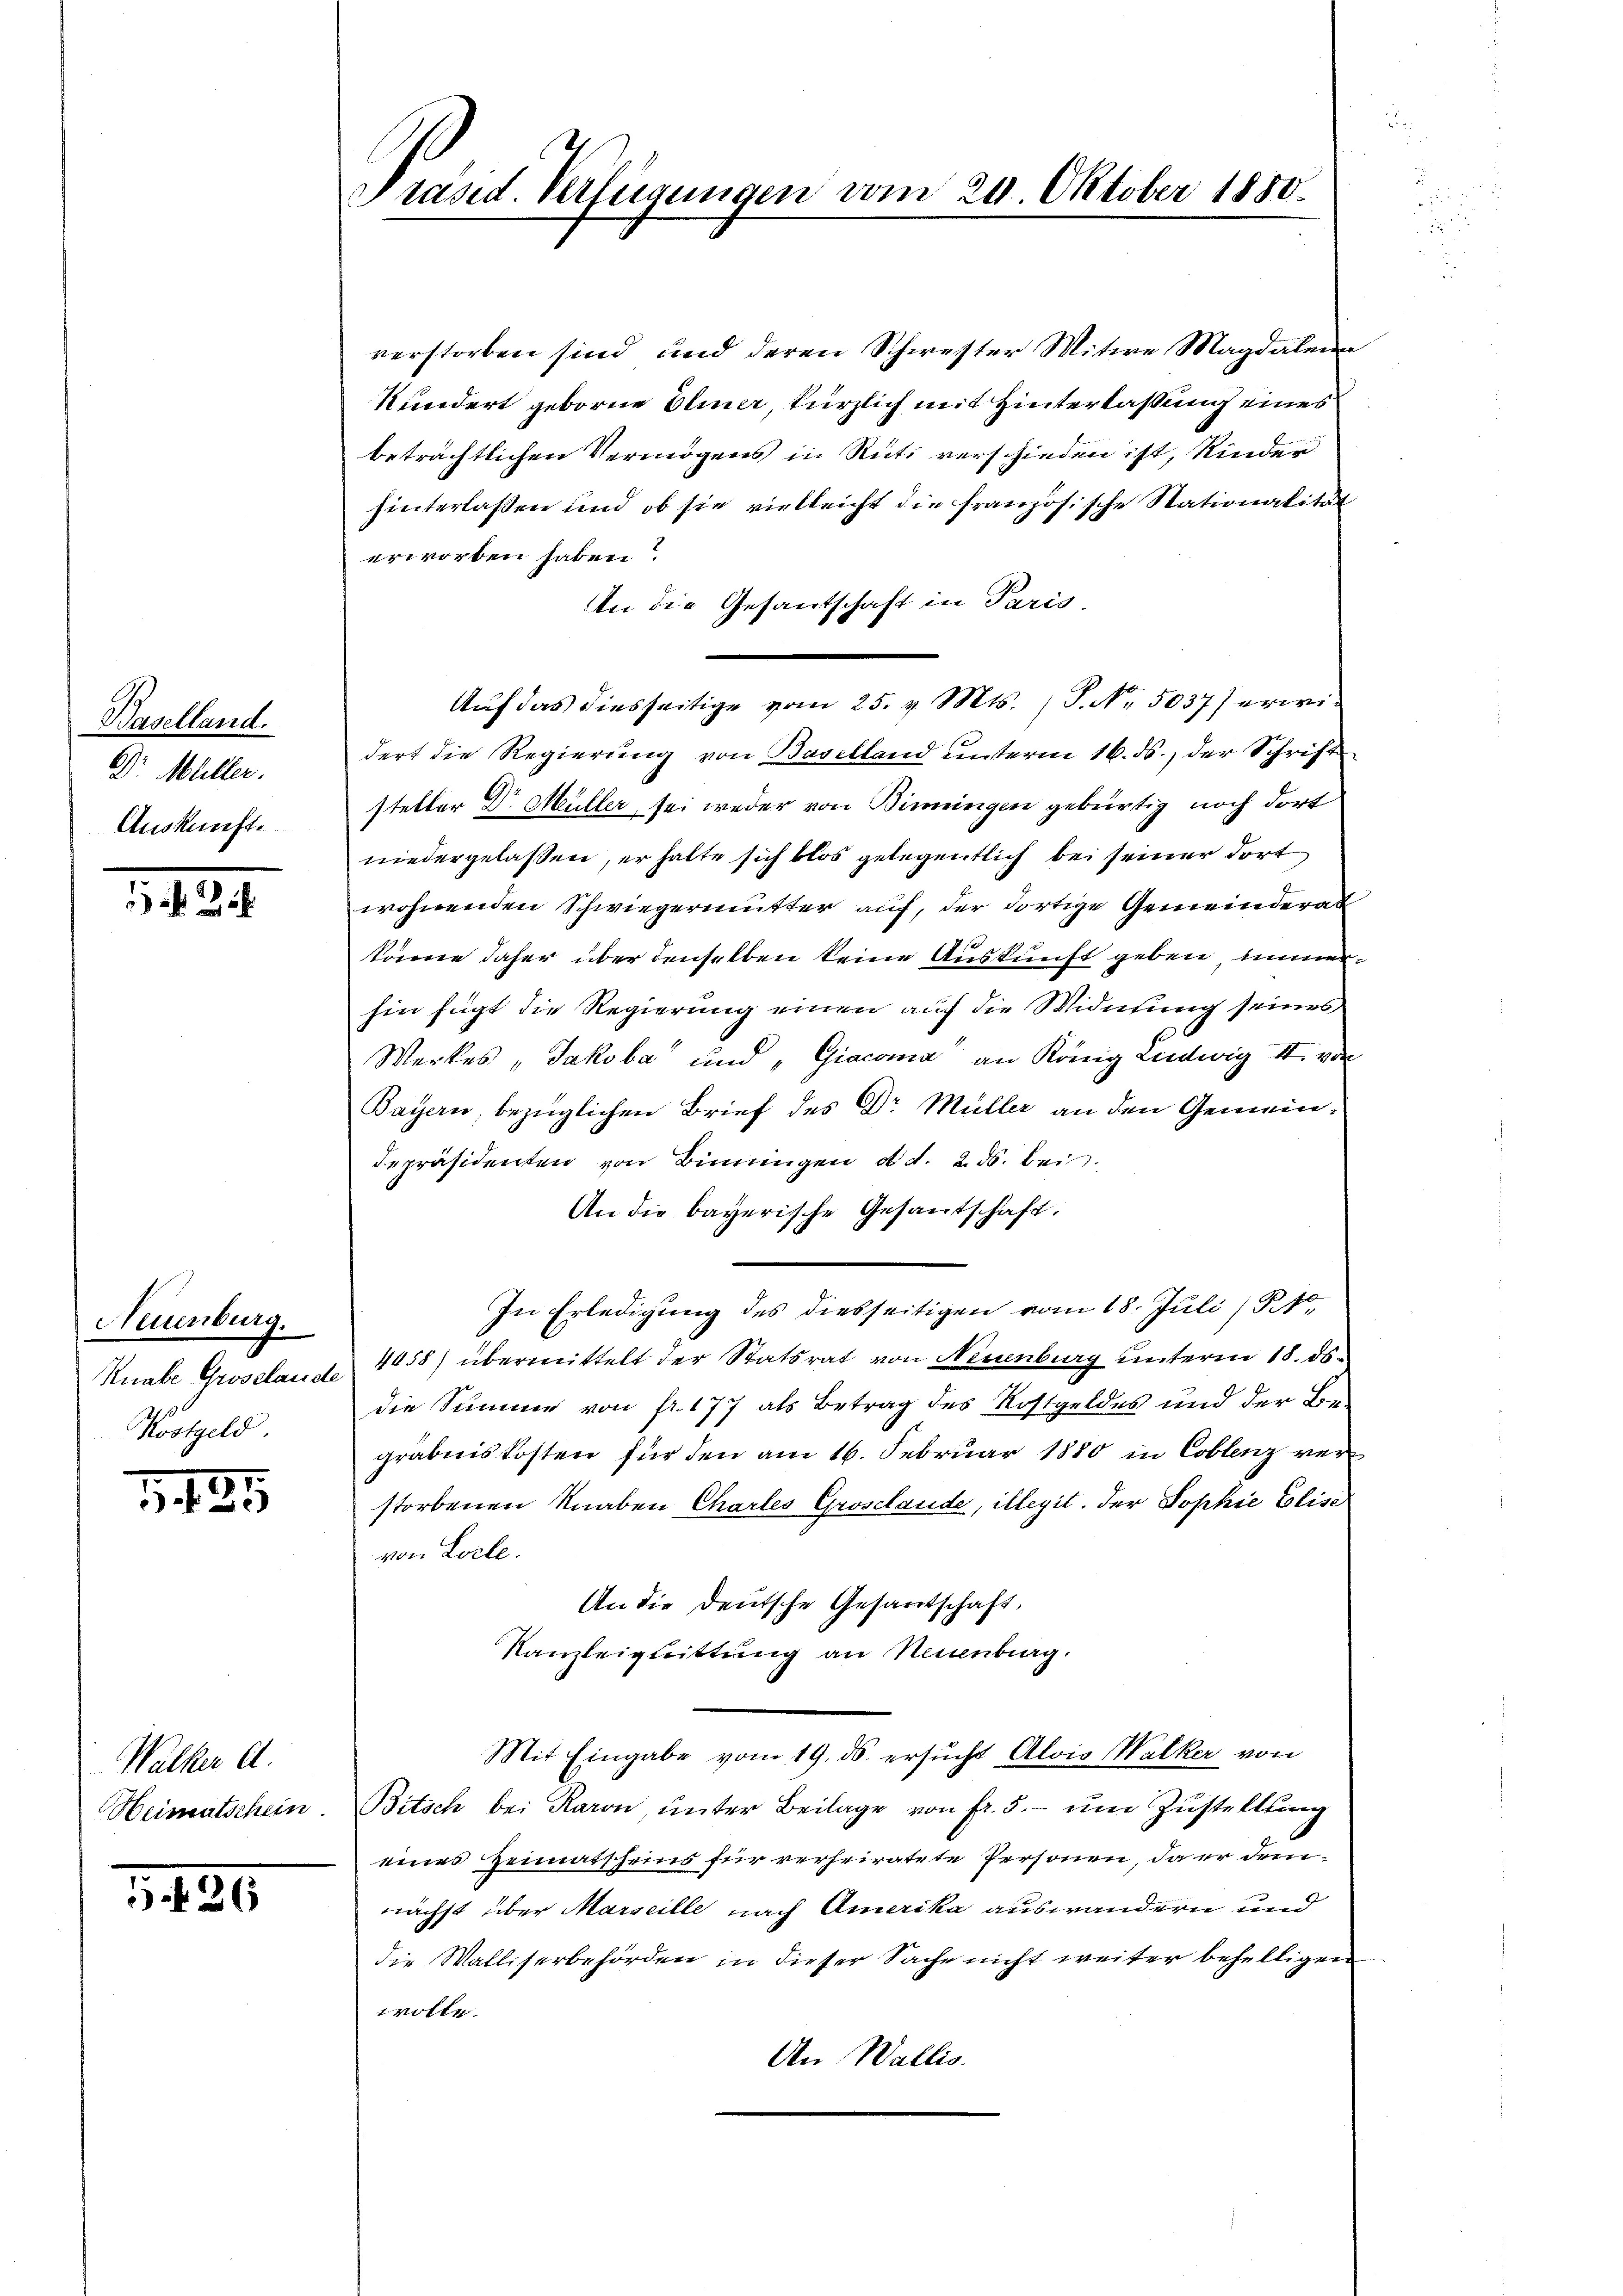
Baselland.
Dr. Müller.
Auskunft.

1429

Neuenburg.
Knabe Groselande
Kostgeld.

1425

Walker A.

1486

verstorben sind und deren Schwester Witwe Magdalen
kundert geborne Eliner, kürzlich mit Hinterlaßung eines
beträchtlichen Vermögens in Rüti verschieden ist, Kinder
hinterlassen und ob sie vielleicht die französische Stationalität
erworben haben?
An die Gesandschaft in Paris.
Auf das diesseitige vom 25. v. Mts. S. Nr. 5037) erwid
dert die Regierung von Baselland unterm 16. ds., der Schrift
steller Dr Müller sei weder von Birningen gebürtig noch dort
niedergelassen, er halte sich blos gelegentlich bei seiner dort
wohnenden Schwiegermutter auf, der dortige Gemeinderat
könne daher über denselben keine Auskunft geben, immerhin fügt die Regierung einen auf die Widerung seines
Werkes, Jakoba und „Giacoma an König Liedwig II von
Bayern, bezüglichen Brief des Dr Müller an den Gemeindepräsidenten von Binningen d. d. 2. ds. bei.
An die bayerische Gesantschaft.
In Erledigung des diesseitigen vom 18. Juli 184,
4458) übermittelt der Statsrat von Neuenburg unterm 18. ds.
die Summe von fr. 177 als Betrag des Rostgeldes und der Begräbniskosten für den am 16. Februar 1880 in Coblenz verstorbenen Knaben Charles Groschaude, illegit. Der Sophie Elise
von Loele.
An die deutsche Gesantschaft,
Kanzleiguittung an Neuenburg.
Mit Eingabe vom 19. ds. ersŭcht Alois Walker von
Heimatschein. Bitsch bei Raron, ŭnter Beilage von fr. 5.- ŭm Zŭstellŭng
eines Heimatscheins für verheiratete Personen, da er demnächst über Marseille nach Amerika auswandern und
die Walliserbehörden in dieser Sache nicht weiter behelligen
wolle.
An Wallis.

Präsid. Verfügungen vom 24. Oktober 1850.